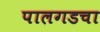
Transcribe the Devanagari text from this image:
पालगडचा